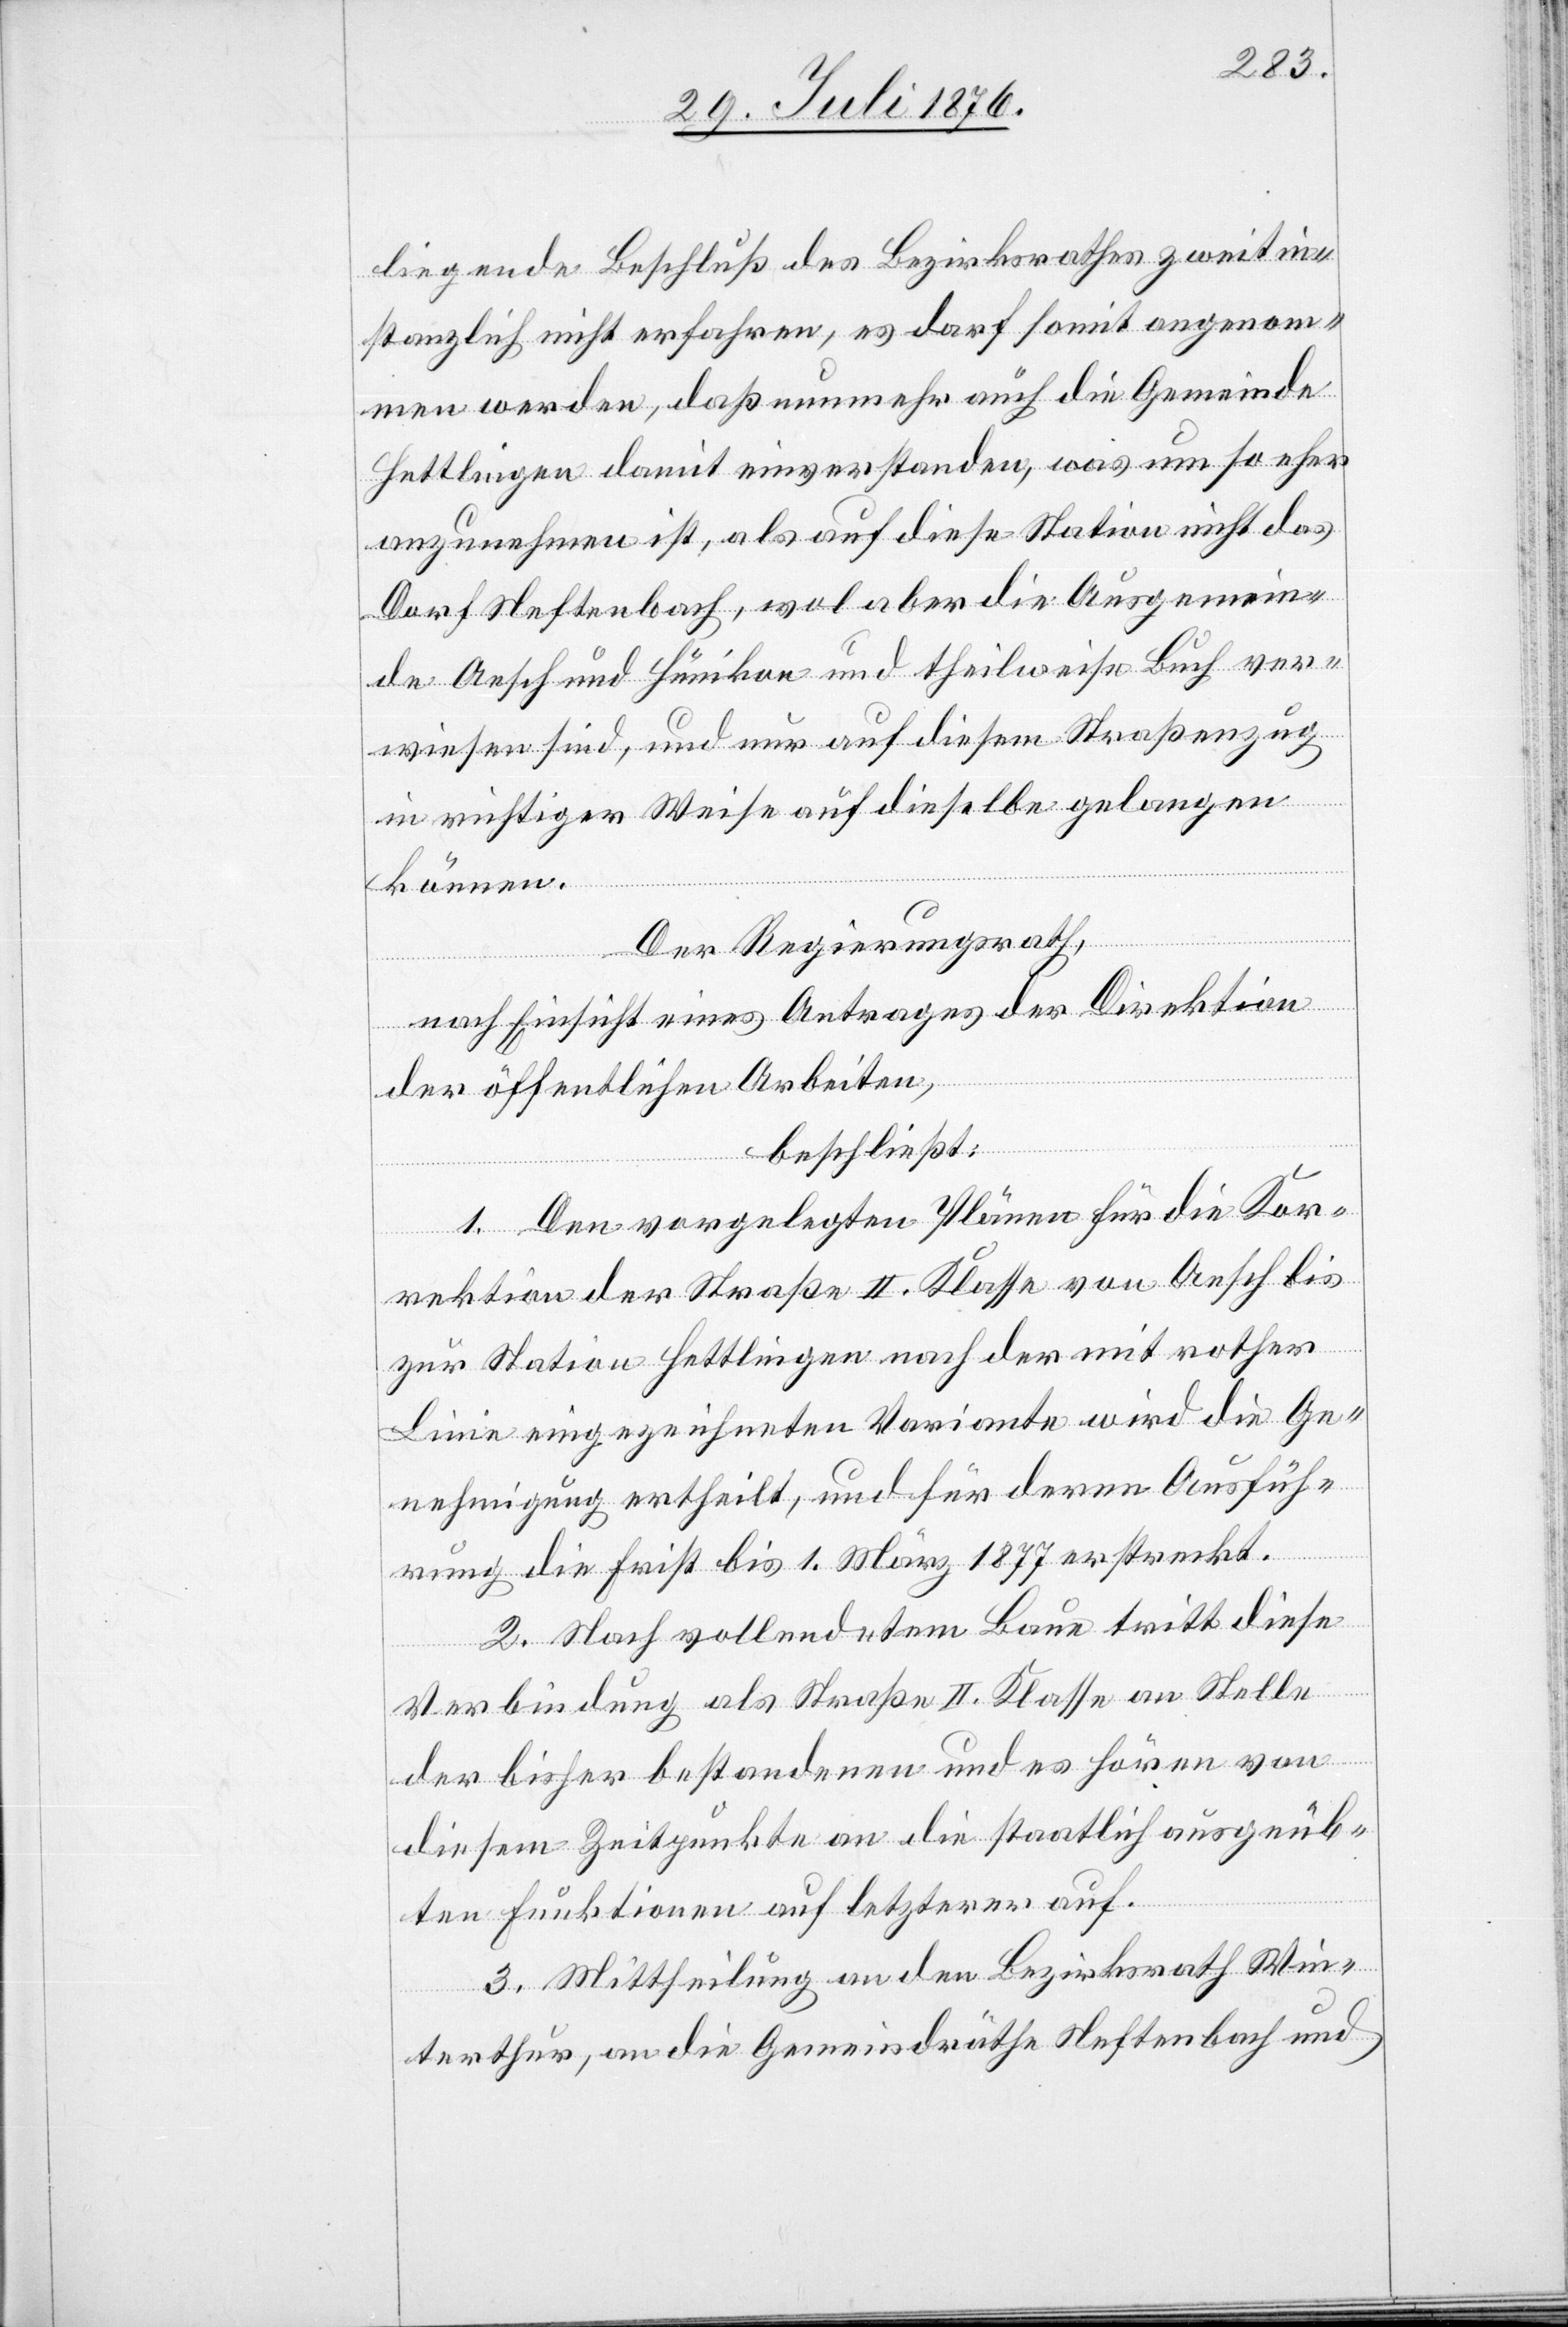
liegende Beschluß des Bezirksrathes zweitin¬
stanzlich nicht erfahren, es darf somit angenom¬
men werden, daß nunmehr auch die Gemeinde
Hettlingen damit einverstanden, was um so eher
anzunehmen ist, als auf diese Station nicht das
Dorf Neftenbach, wol aber die Ausgemein¬
de Aesch und Hünikon und theilweise Buch ver¬
wiesen sind, und nur auf diesem Straßenzug
in richtiger Weise auf dieselbe gelangen
können.
Der Regierungsrath,
nach Einsicht eines Antrages der Direktion
der öffentlichen Arbeiten,
beschließt:
1. Den vorgelegten Plänen für die Kor¬
rektion der Straße II. Klasse von Aesch bis
zur Station Hettlingen nach der mit rother
Linie eingezeichneten Variante wird die Ge¬
nehmigung ertheilt, und für deren Ausfüh¬
rung die Frist bis 1. März 1877 erstreckt.
2. Nach vollendetem Baue tritt diese
Verbindung als Straße II. Klasse an Stelle
der bisher bestandenen und es hören von
diesem Zeitpunkte an die staatlich ausgeüb¬
ten Funktionen auf letzterer auf.
3. Mittheilung an den Bezirksrath Win¬
terthur,, an die Gemeindräthe Neftenbach und